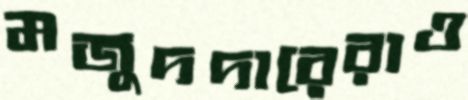
মজুদদারেরাও